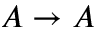
A \rightarrow A